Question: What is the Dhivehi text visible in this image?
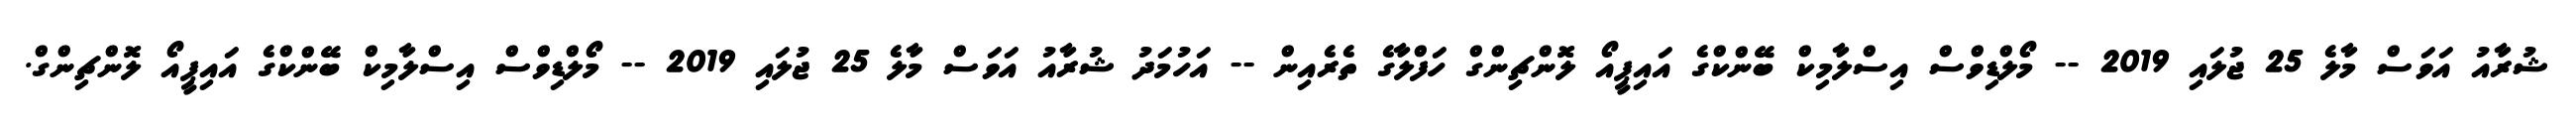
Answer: ޝުރާއު އަވަސް މާލެ 25 ޖުލައި 2019 -- މޯލްޑިވްސް އިސްލާމިކް ބޭންކްގެ އައިޕީއޯ ލޮންޗިންގް ހަފްލާގެ ތެރެއިން -- އަހުމަދު ޝުރާއު އަވަސް މާލެ 25 ޖުލައި 2019 -- މޯލްޑިވްސް އިސްލާމިކް ބޭންކްގެ އައިޕީއޯ ލޮންޗިންގް.